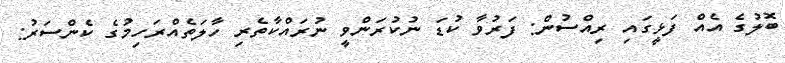
ބޮލުގެ އެއް ފަޅީގައި ރިއްސުން: ފަރުވާ ކުޑަ ނުކުރަންވީ ނުރައްކާތެރި ހާލަތެއްރަހިމުގެ ކެންސަރު: